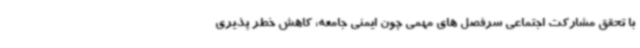
با تحقق مشارکت اجتماعی سرفصل های مهمی چون ایمنی جامعه، کاهش خطر پذیری